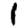
Digit: 1